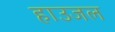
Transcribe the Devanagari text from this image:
हाउजल